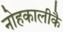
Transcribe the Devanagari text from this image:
नोहकालीकै